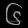
Digit: ၆